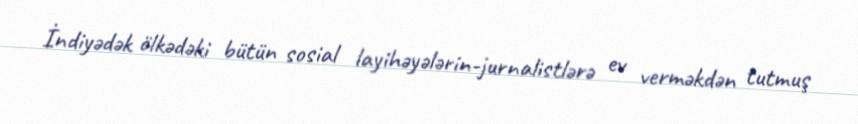
İndiyədək ölkədəki bütün sosial layihəyələrin-jurnalistlərə ev verməkdən tutmuş